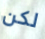
لكن